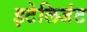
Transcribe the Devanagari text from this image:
इटेलिजंट